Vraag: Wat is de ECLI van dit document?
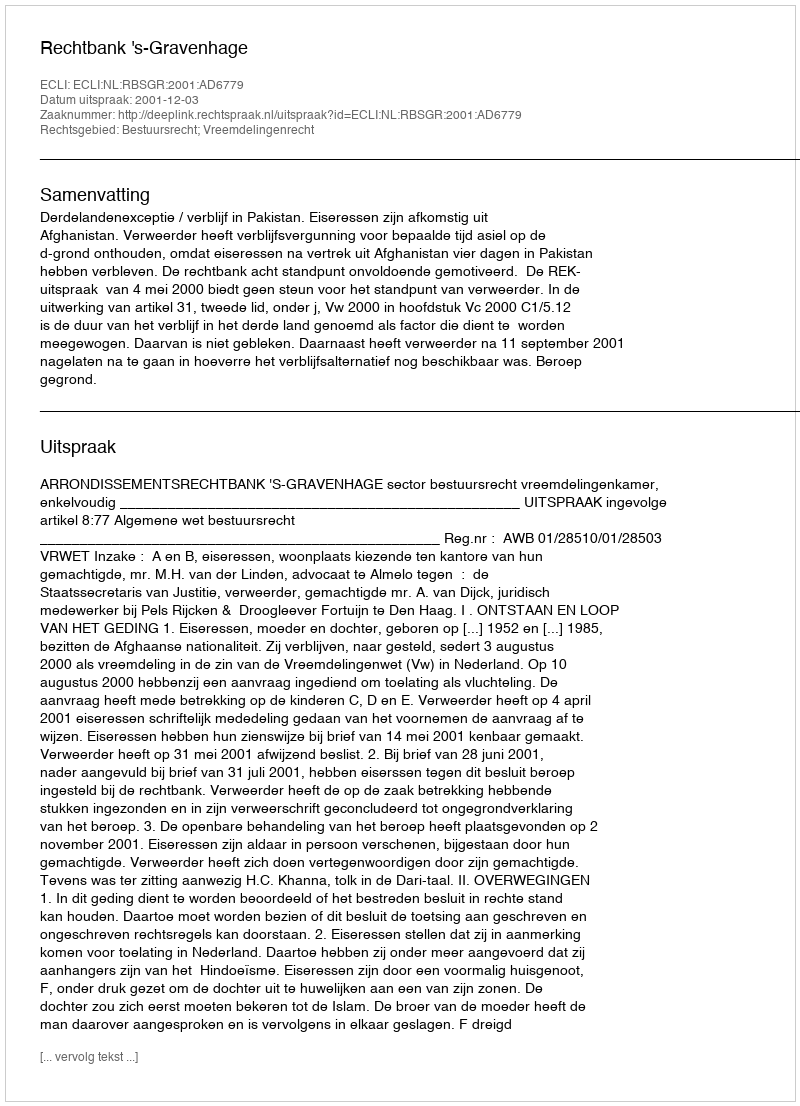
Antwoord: ECLI:NL:RBSGR:2001:AD6779